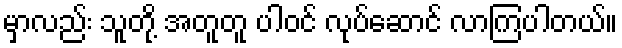
မှာလည်း သူတို့ အတူတူ ပါဝင် လုပ်ဆောင် လာကြပါတယ်။